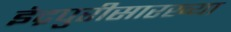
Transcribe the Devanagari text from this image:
इंद्रपुरीसारख्या